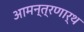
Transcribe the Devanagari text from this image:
आमन्त्रणार्थ